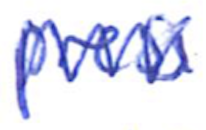
Text: press
Cross-out: zig-zag
Writing tool: ballpoint